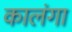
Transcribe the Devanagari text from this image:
कालंगा